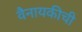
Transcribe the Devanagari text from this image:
वैनायकीची